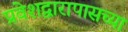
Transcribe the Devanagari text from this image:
प्रवेशद्वारापासच्या